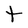
Character: t